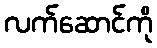
လက်ဆောင်ကို